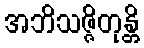
အဘိသဇ္ဇိတုန္တိ